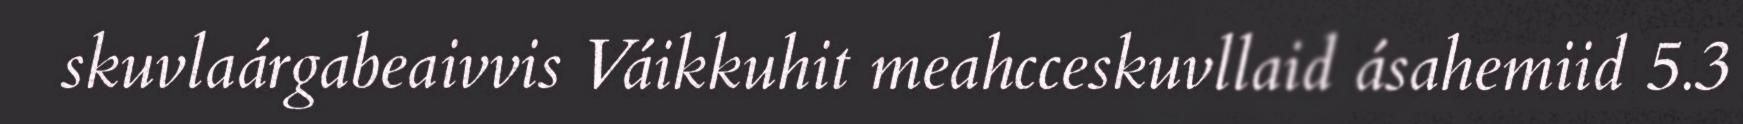
skuvlaárgabeaivvis Váikkuhit meahcceskuvllaid ásahemiid 5.3